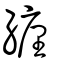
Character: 纒